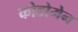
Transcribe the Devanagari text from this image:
कोडोमेन